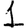
Digit: 1